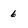
Character: 6